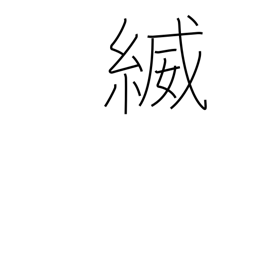
Meaning: the thread/braid (of armour)